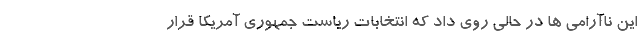
این ناآرامی ها در حالی روی داد که انتخابات ریاست جمهوری آمریکا قرار